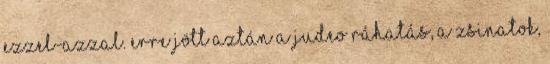
ezzel-azzal. Erre jött aztán a judeo ráhatás, a zsinatok,